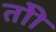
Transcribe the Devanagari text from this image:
तोी